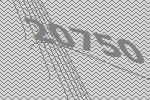
20750